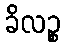
ခိလဉ္စ